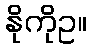
နိုကိုဥ။